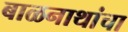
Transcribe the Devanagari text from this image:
बाळनाथांचा